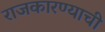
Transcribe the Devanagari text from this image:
राजकारण्याची